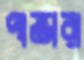
পান্ডারা